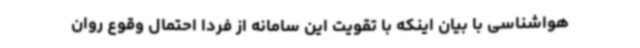
هواشناسی با بیان اینکه با تقویت این سامانه از فردا احتمال وقوع روان